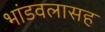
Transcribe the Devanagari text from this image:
भांडवलासह